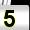
Digit: 5